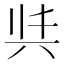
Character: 𭁈